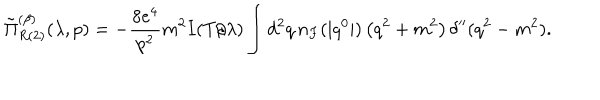
\tilde { \Pi } _ { R { ( 2 ) } } ^ { ( \beta ) } ( \lambda , p ) = - \frac { 8 e ^ { 4 } } { p ^ { 2 } } m ^ { 2 } I ( T / \lambda ) \int d ^ { 2 } q \, n _ { F } ( | q ^ { 0 } | ) \left( q ^ { 2 } + m ^ { 2 } \right) \delta ^ { \prime \prime } ( q ^ { 2 } - m ^ { 2 } ) .